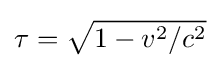
\tau ={\sqrt {1-v^{2}/c^{2}}}